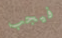
فيجب